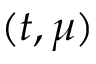
( t , \mu )